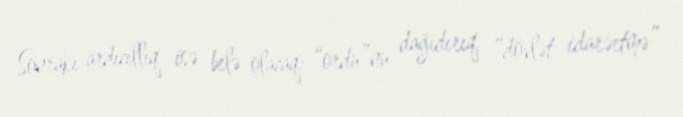
Sonrakı ardıcıllıq isə belə olacaq: “ordu”nu dağıdırıq, “dövlət idarəetmə”